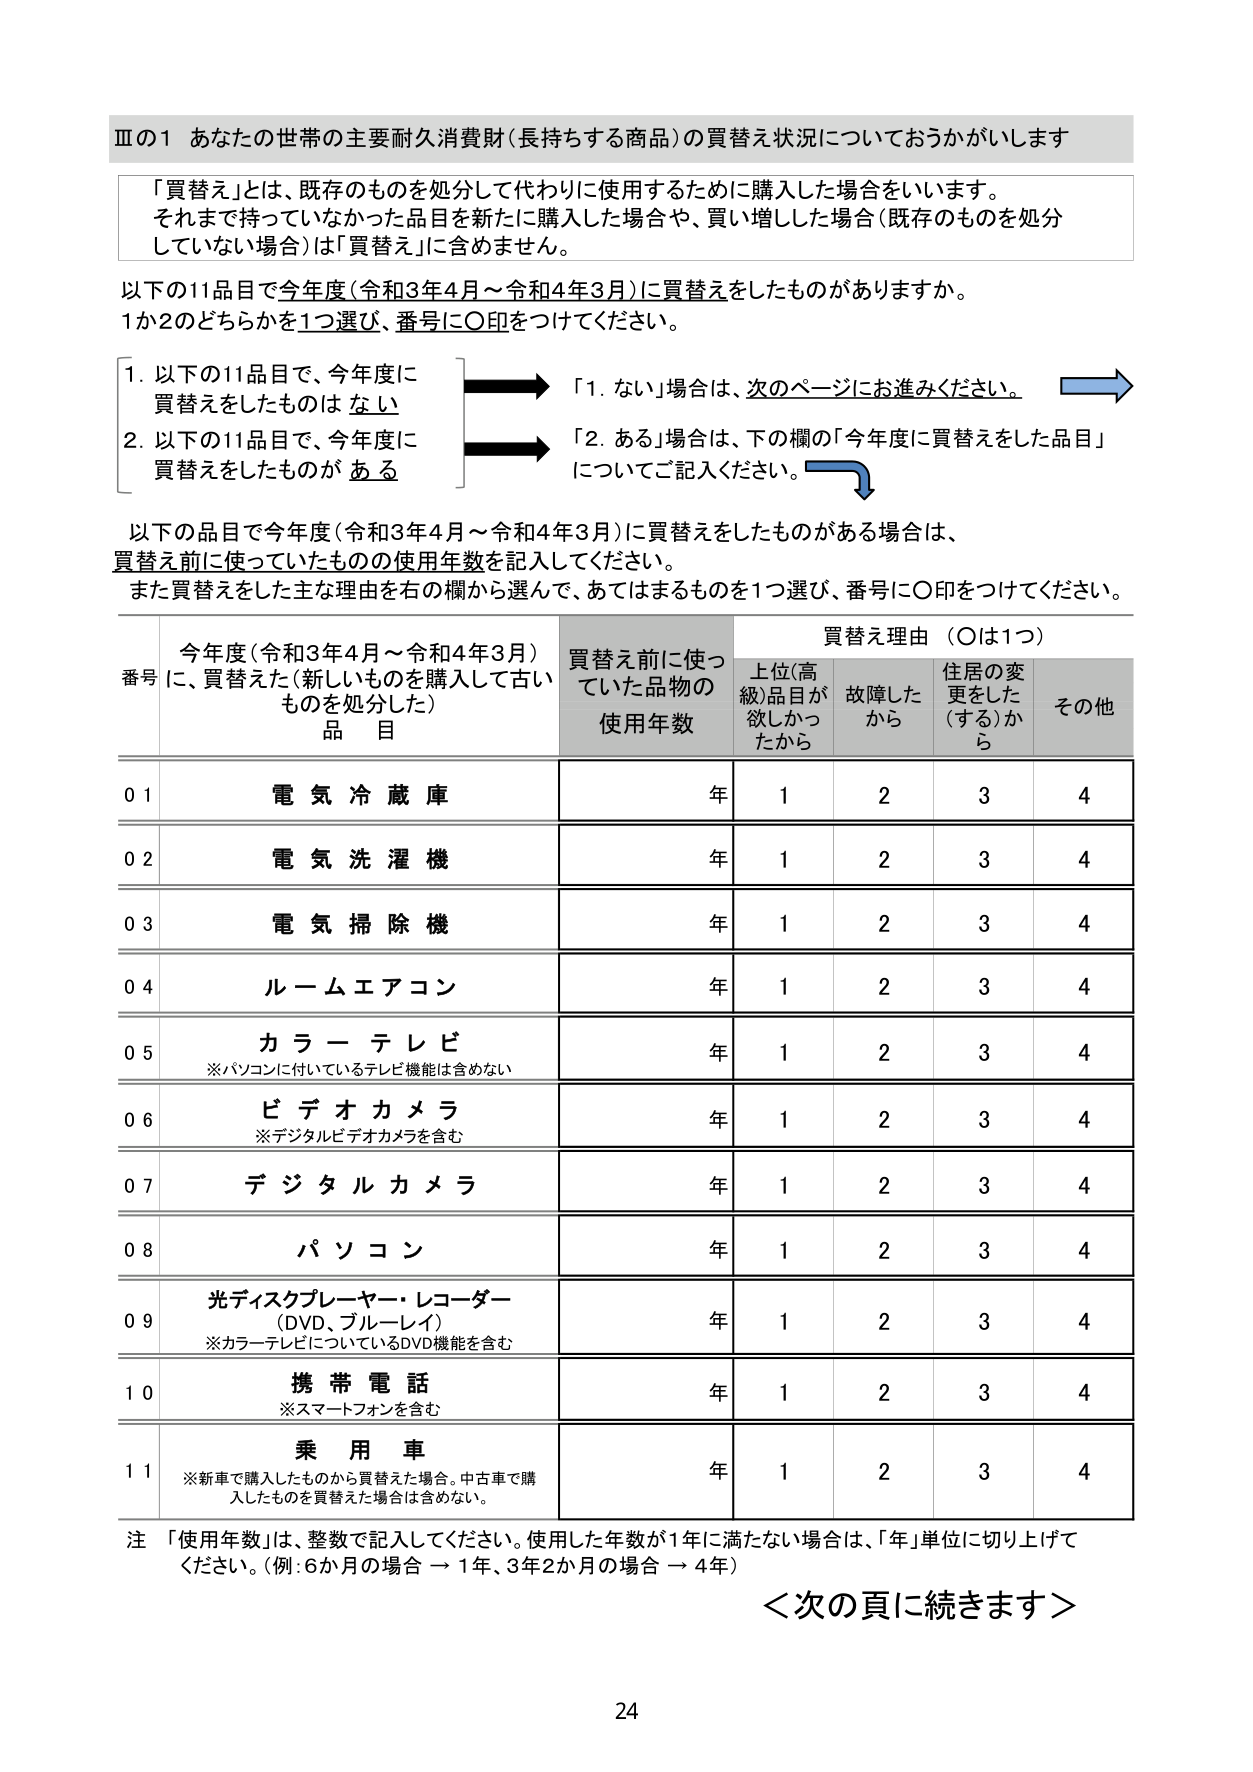
Ⅲの1 あなたの世帯の主要耐久消費財（長持ちする商品）の買替え状況についておうかがいします

「買替え」とは、既存のものを処分して代わりに使用するために購入した場合をいいます。
それまで持っていなかった品目を新たに購入した場合や、買い増しした場合（既存のものを処分していない場合）は「買替え」に含めません。

以下の11品目で今年度（令和3年4月～令和4年3月）に買替えをしたものがありますか。
1か2のどちらかを1つ選び、番号に○印をつけてください。

1. 以下の11品目で、今年度に買替えをしたものは ない
2. 以下の11品目で、今年度に買替えをしたものが ある

「1. ない」場合は、次のページにお進みください。
「2. ある」場合は、下の欄の「今年度に買替えをした品目」についてご記入ください。

以下の品目で今年度（令和3年4月～令和4年3月）に買替えをしたものがある場合は、
買替え前に使っていたものの使用年数を記入してください。
また買替えをした主な理由を右の欄から選んで、あてはまるものを1つ選び、番号に○印をつけてください。

番号 今年度（令和3年4月～令和4年3月）に、買替えた（新しいものを購入して古いものを処分した）品目 買替え前に使っていた品物の使用年数 買替え理由（○は1つ）
上位（高級）品目が欲しかったから 故障したから 住居の変更をした（する）から その他

01 電気冷蔵庫 年 1 2 3 4
02 電気洗濯機 年 1 2 3 4
03 電気掃除機 年 1 2 3 4
04 ルームエアコン 年 1 2 3 4
05 カラーテレビ ※パソコンに付いているテレビ機能は含めない 年 1 2 3 4
06 ビデオカメラ ※デジタルビデオカメラを含む 年 1 2 3 4
07 デジタルカメラ 年 1 2 3 4
08 パソコン 年 1 2 3 4
09 光ディスクプレーヤー・レコーダー（DVD、ブルーレイ） ※カラーテレビについているDVD機能を含む 年 1 2 3 4
10 携帯電話 ※スマートフォンを含む 年 1 2 3 4
11 乗用車 ※新車で購入したものから買替えた場合。中古車で購入したものを買替えた場合は含めない。 年 1 2 3 4

注 「使用年数」は、整数で記入してください。使用した年数が1年に満たない場合は、「年」単位に切り上げてください。（例：6か月の場合 → 1年、3年2か月の場合 → 4年）

＜次の頁に続きます＞

24